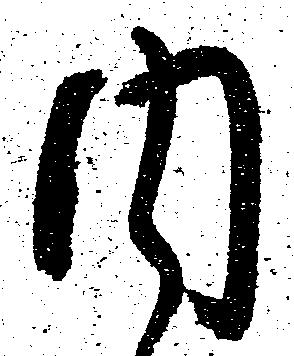
内